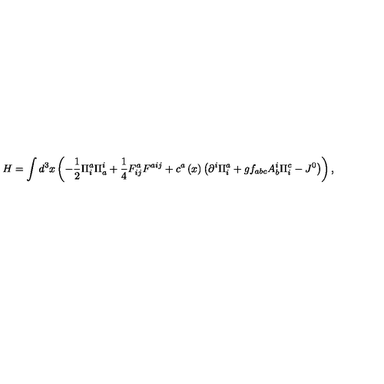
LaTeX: H = \int { d ^ { 3 } } x \left( { - \frac { 1 } { 2 } \Pi _ { i } ^ { a } \Pi _ { a } ^ { i } + \frac { 1 } { 4 } F _ { i j } ^ { a } F ^ { a i j } + c ^ { a } \left( x \right) \left( { \partial ^ { i } \Pi _ { i } ^ { a } + g f _ { a b c } A _ { b } ^ { i } \Pi _ { i } ^ { c } - J ^ { 0 } } \right) } \right) ,